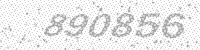
Solution: 890856